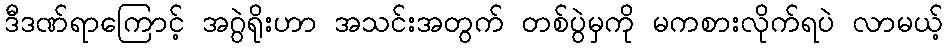
ဒီဒဏ်ရာကြောင့် အဂွဲရိုးဟာ အသင်းအတွက် တစ်ပွဲမှကို မကစားလိုက်ရပဲ လာမယ့်